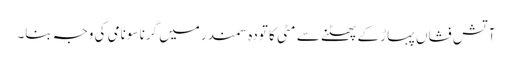
آتش فشاں پہاڑ کے پھٹنے سے مٹی کا تودہ سمندر میں گرنا سونامی کی وجہ بنا۔